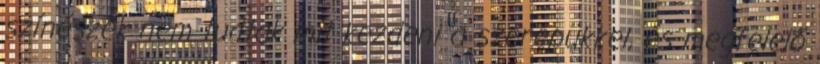
színészek nem tudtak mit kezdeni a szerepükkel, és megfelelő